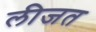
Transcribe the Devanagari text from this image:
लीजत